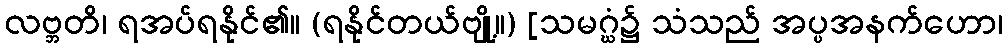
လဗ္ဘတိ၊ ရအပ်ရနိုင်၏။ (ရနိုင်တယ်ဗျို့။) [သမဂ္ဃံ၌ သံသည် အပ္ပအနက်ဟော၊